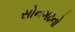
સોનગઢનો